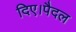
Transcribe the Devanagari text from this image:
दिए।पैदल